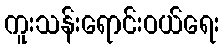
ကူးသန်းရောင်းဝယ်ရေး